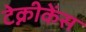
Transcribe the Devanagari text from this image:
टेक्नीकेंस